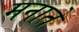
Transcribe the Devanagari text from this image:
मनातें